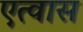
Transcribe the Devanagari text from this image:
एत्वास